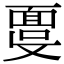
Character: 𩈞